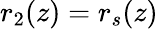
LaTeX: r_{2}(z)=r_{s}(z)